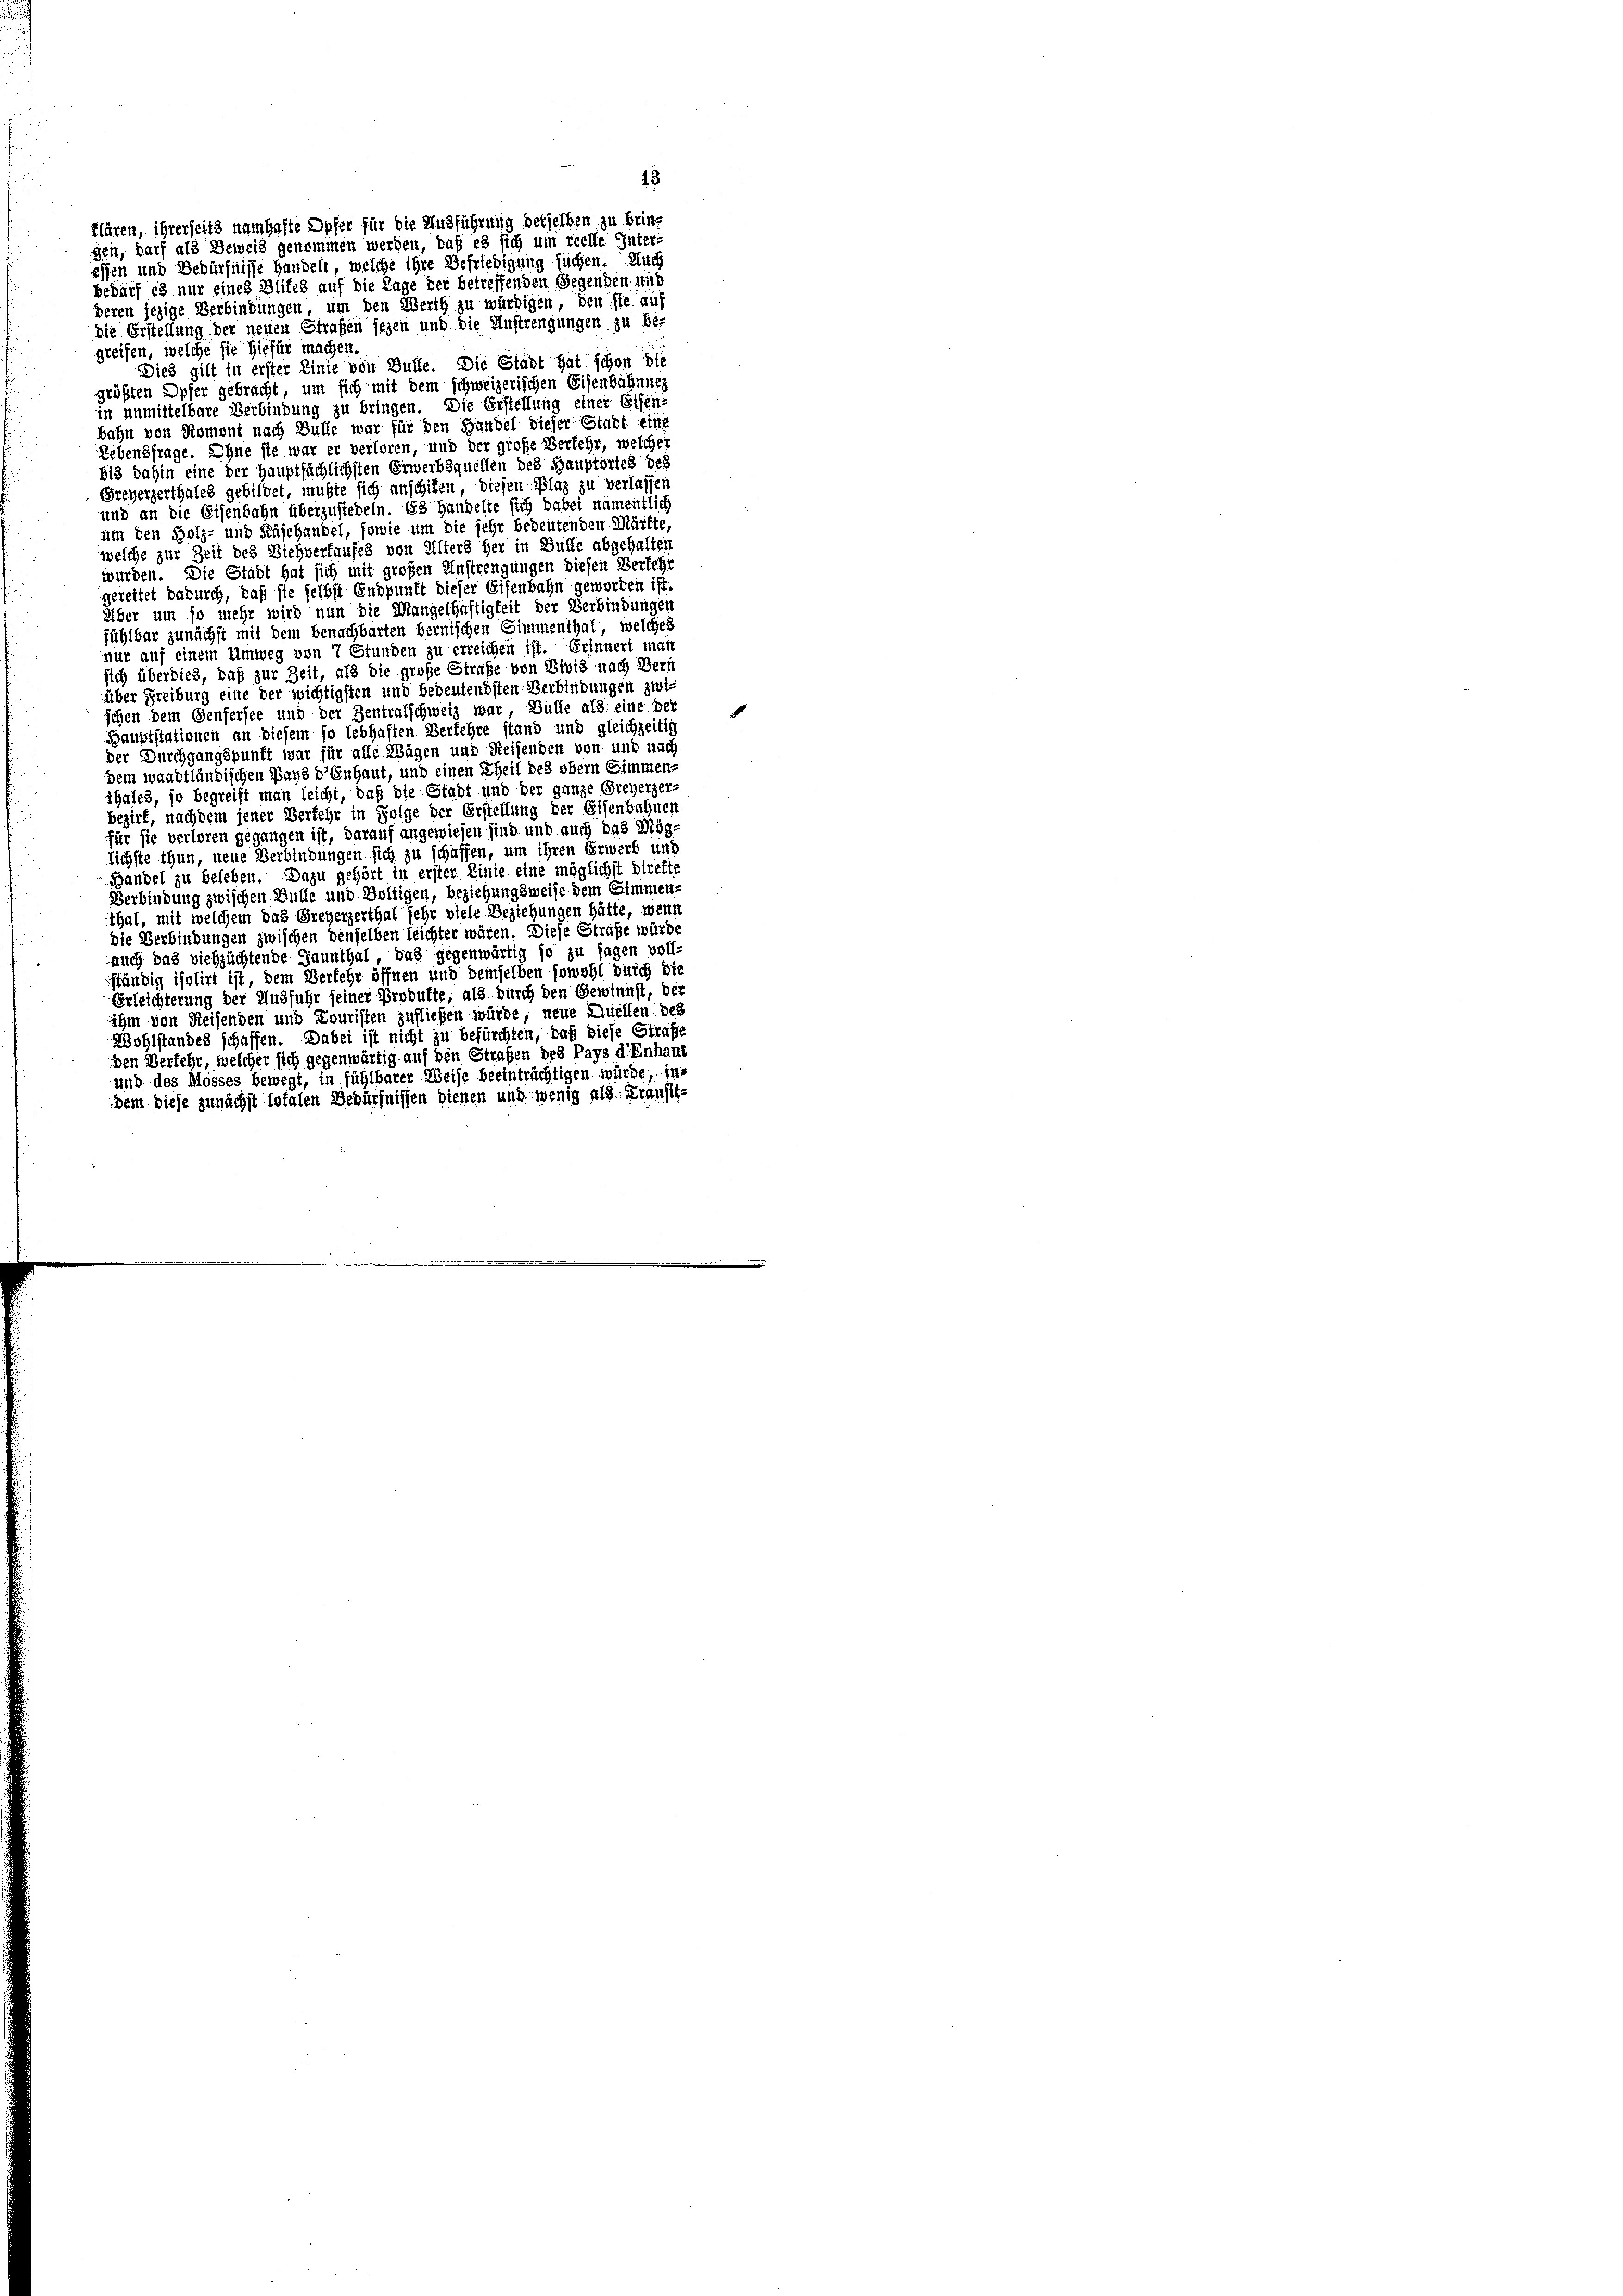
bedarf es nur eines Blites auf die Lage der betreffenden Gegenden und
deren jezige Verbindungen, um den Werth zu würdigen, den sie au
die Erstellung der neuen Strafen sezen und die Anstrengungen zu be-
greifen, welche sie hiefür machen.
Dies gilt in erster Linie von Bulle. Die Stadt hat schon die
größten Opfer gebracht, um sich mit dem schweizerischen Eisenbahnneg
in unmittelbare Verbindung zu bringen. Die Erstellung einer Eisen-
bahn von Romont nach Bulle war für den Handel dieser Stadt ein
Lebensfrage. Ohne sie war er verloren, und der große Verkehr, welcher
bis dahin eine der Hauptsächlichsten Erwerbsquellen des Hauptortes des
Greyerzerthales gebildet, mußte sich anschifen, diesen Plaz zu verlassen
und an die Eisenbahn überzusteheln. Es handelte sich dabei namentlich
um den Holz- und Käsehandel, sowie um die sehr bedeutenden Märfte,
welche zur Zeit des Viehverhaufes von Alters her in Bulle abgehalten
wurden. Die Stadt hat sich mit großen Anstrengungen diesen Verfehr
gerettet dadurch, daß sie selbst Endpunkt dieser Eisenbahn geworden ist.
Über um so mehr wird nun die Mangelhaftigkeit der Verbindungen
fühlbar zunächst mit dem benachbarten bernischen Simmenthat, welches
nur auf einem Umweg von 7 Stunden zu erreichen ist. Erinnert man
sich überdies, daß zur Zeit, als die große Strafe von Divis nach Bern
über Freiburg eine der wichtigsten und bedeutendsten Verbindungen zwi-
schen dem Genfersee und der Zentralschweiz war, Bülle als eine bei
Bauptstationen an diesem so lebhaften Verkehre stand und gleichzeitig
der Durchgangspunkt war für alle Wägen und Reisenden von und nach
dem waadtländischen Pays d’enhaut, und einen Theil des obern Simmen-
thales, so begreift man leicht, daß die Stadt und der ganze Greberzer-
Bezirk, nachdem jener Verkehr in Folge der Erstellung der Eisenbahnen
für sie verloren gegangen ist, darauf angewiesen sind und auch das Mög
lichste thun, neue Verbindungen sich zu schaffen, um ihren Erwerb und
Handel zu beleben. Dazu gehört in erster Linie eine möglichst direkte
Verbindung zwischen Bulle und Boltigen, beziehungsweise dem Simmen.
thal, mit welchem das Greyerzerthal sehr viele Beziehungen hätte, wenn
die Verbindungen zwischen denselben leichter wären. Diese Straße würde
auch das viehzüchtende Gaunthal, das gegenwärtig so zu sagen voll-
ständig isolirt ist, dem Verkehr öffnen und demselben sowohl durch die
Erleichterung der Ausfuhr seiner Produkte, als durch den Gewinnst, der
ihm von Reisenden und Louristen zufließen würde, neue Quellen des
Wohlstandes schaffen. Dabei ist nicht zu befürchten, daß diese Strafe
den Verfehr, welcher sich gegenwärtig auf den Strafen des Pays d’Enhaut
und des Mosses bewegt, in fühlbarer Weise beeinträchtigen würde, in-
ddem diese zunächst totalen Bedürfnissen dienen und wenig als Fransit¬

flären, ihrerseits namhafte Dyfer für die Ausführung derselben zu bring
gen, darf als Beweis genommen werden, daß es sich um reelle Inter-
effen und Bedürfnisse Handelt, welche ihre Befriedigung suchen. Auch